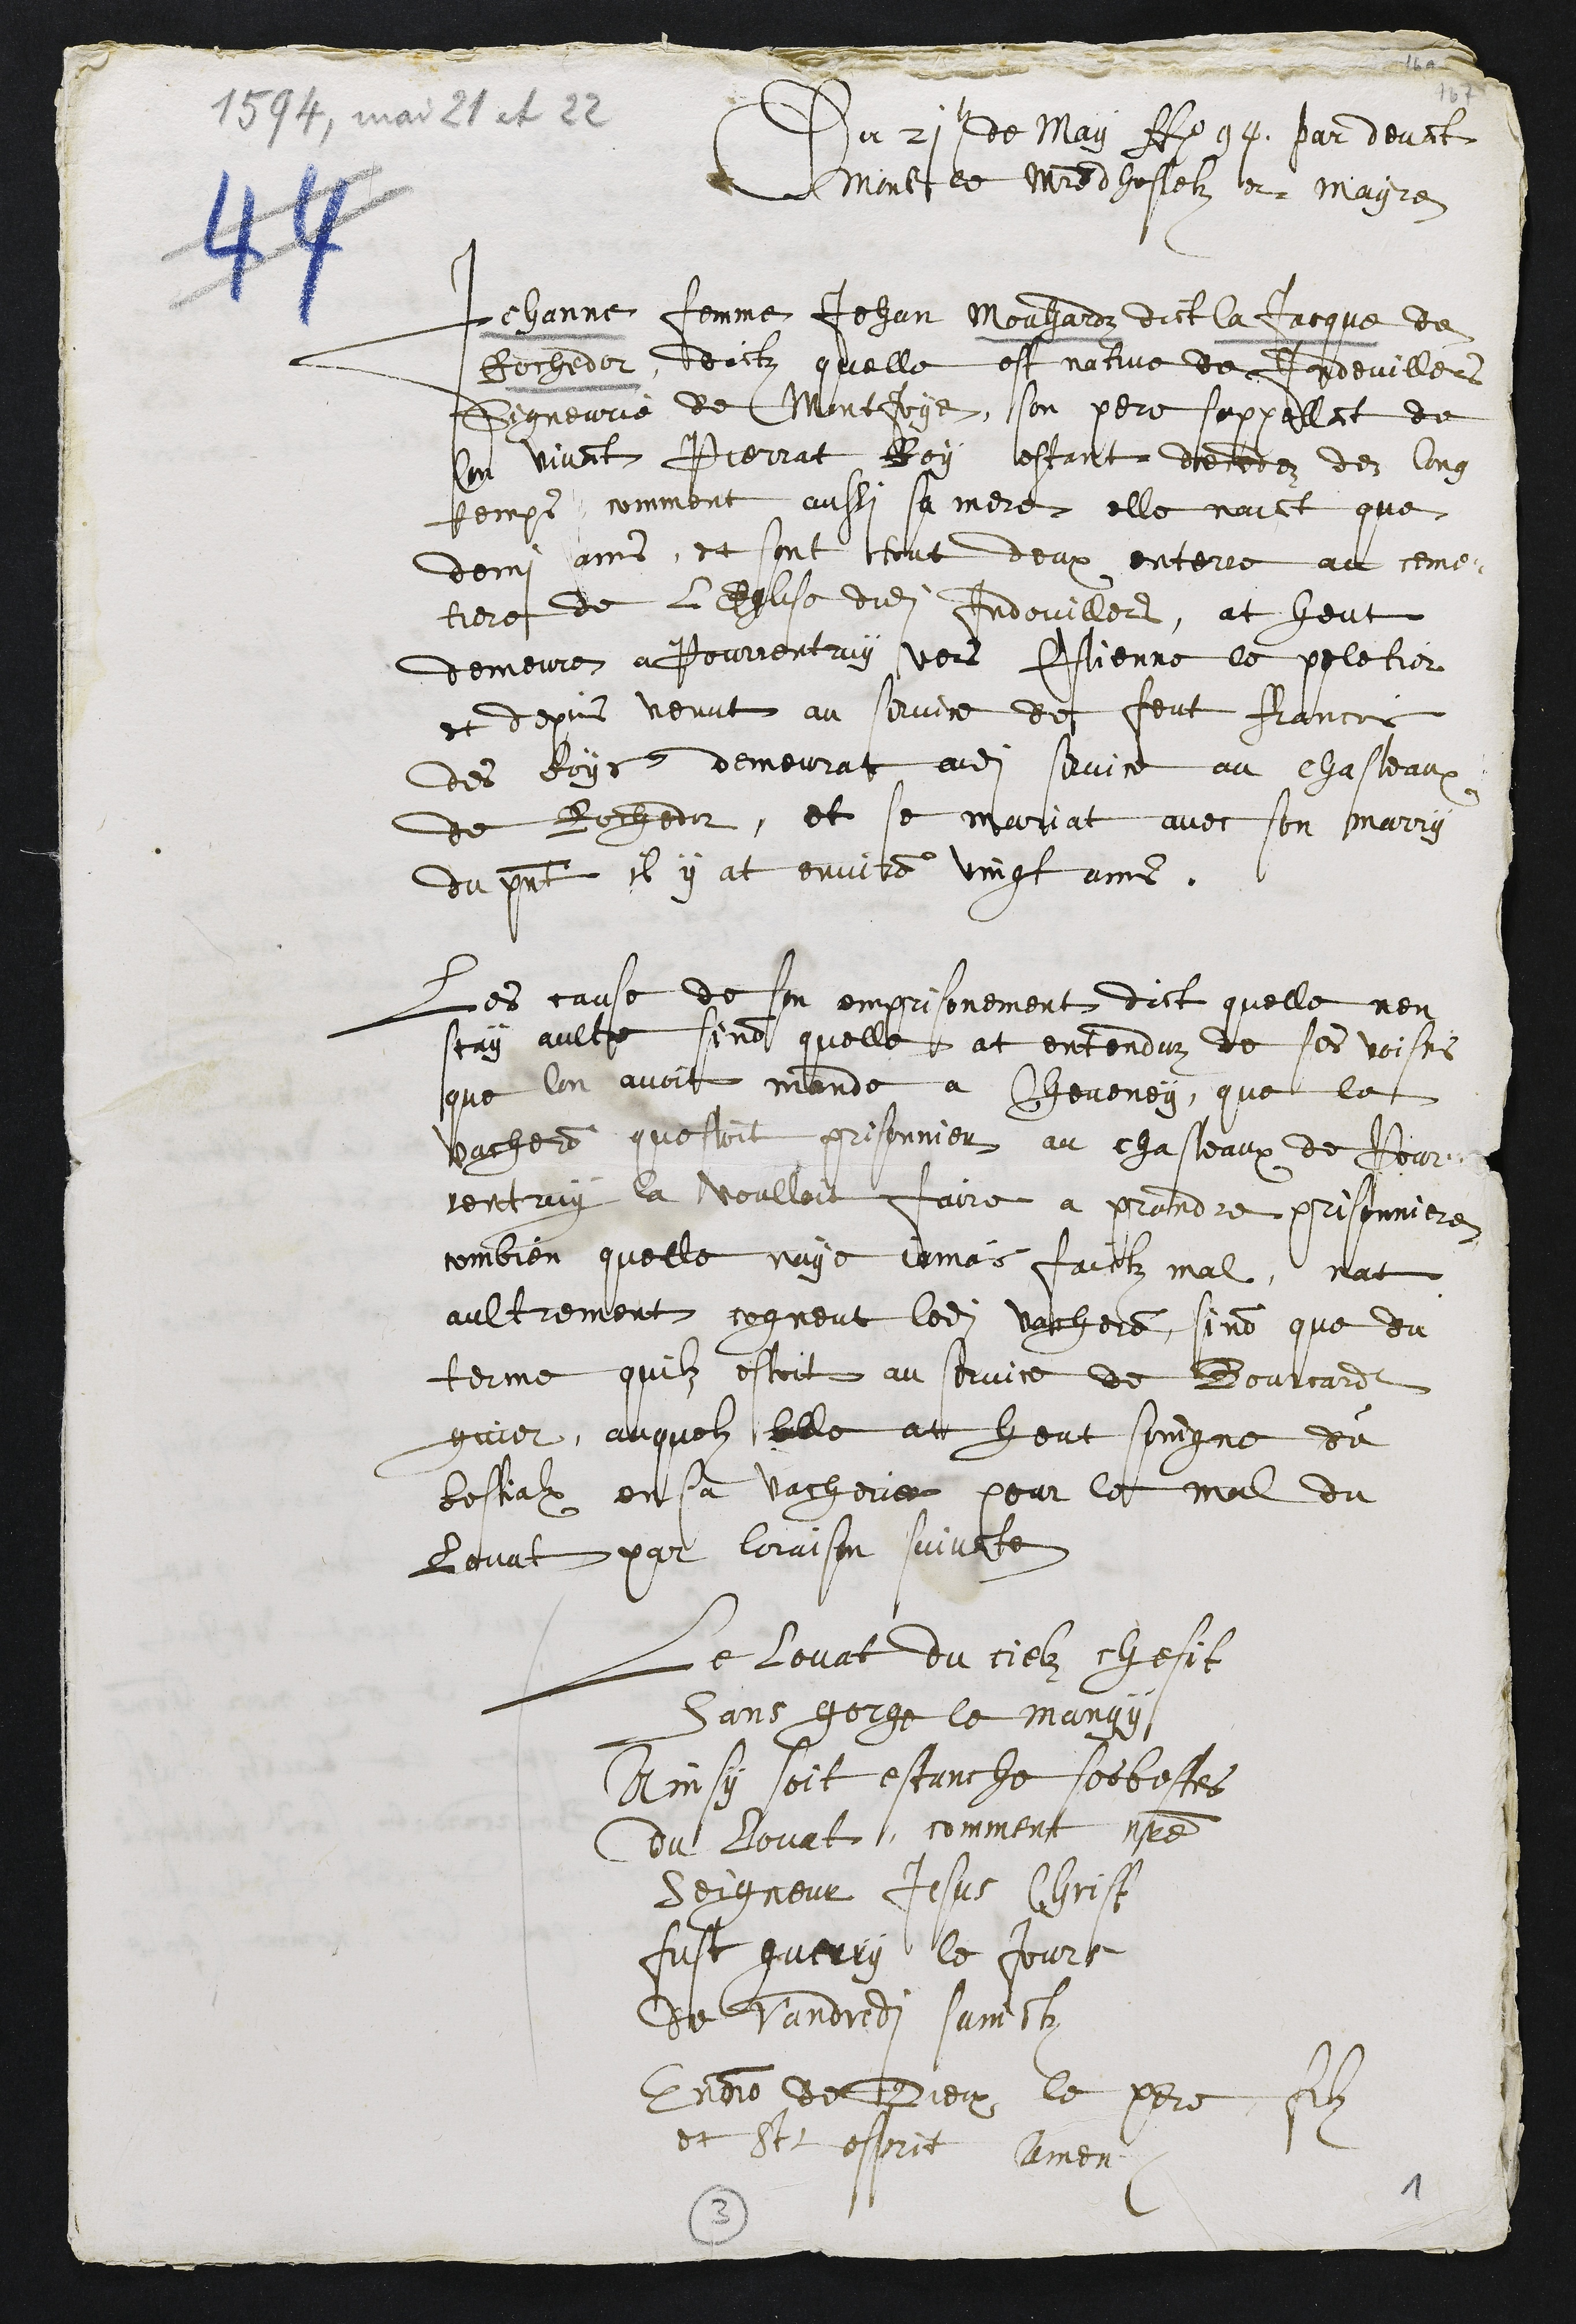
Du 21e de May Ao 94. par devant
Monsr le Maistre dhostelz et mayre
Jehanne femme Jehan Mouhardz dict la Jacque de
Rochedor, dictz quelle est native de Indevillers
Signeurie de Montjoye, son pere sappellant de
son vivant Pierrat Roy estant decedez dez long
temps, comment aussi sa mere elle naiant que
demi ams, et sont tout deux enterre au ceme¬
tiere de lEglise dudit Indovillers, at heut
demeure a Pourrentruy vers Estienne le peletier
et depuis venut au service de feut Francois
des Boys demeurat audit service au Chasteaux
de Rochedor, et se mariat avec son marry
du present il y at environ vingt ans.
Les cause de son emprisonement dict quelle nen
scay aultre sinon quelle at entenduz de ses voisins
que lon avoit mande a Cheveney, que le
vacheron questoit prisonnier au chasteaux de Pour¬
rentruy la voulloit faire a prendre prisonniere
combien quelle naye jamais faictz mal, nat
aultrement cogneut ledit vacheron, sinon que du
terme quilz estoit au service de Bourcardt
guier, auquelz elle at heut soingne du
bestialx en sa vacherie pour le mal du
lovat par loraison suivante
Le lovat du cielz chesit
Sans gorge le mangy
Ainsy soit estanche ses bestes
du lovat, comment nostre
Seigneur Jesus Christ
fust guerry le Jours
de Vandredi sainctz
En nom de Dieux le pere, filz
et St esprit Amen
3
1